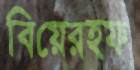
বিয়েরহফ